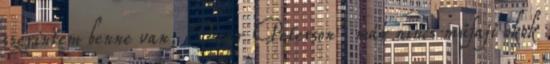
szerintem benne van, "Oscar Peterson" már nincs műfaji okok